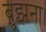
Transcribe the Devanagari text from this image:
बुझना।